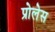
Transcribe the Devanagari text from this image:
प्रोलेस